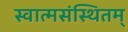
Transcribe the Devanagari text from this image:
स्वात्मसंस्थितम्